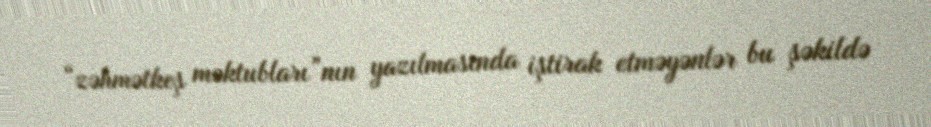
“zəhmətkeş məktubları”nın yazılmasında iştirak etməyənlər bu şəkildə